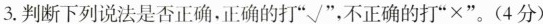
3.判断下列说法是否正确,正确的打”√”，不正确的打”×”。(4分)